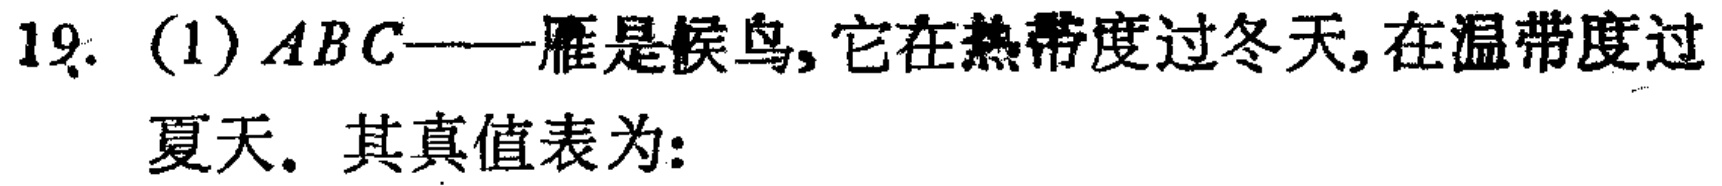
19. (1) \(ABC\)——雁是候鸟，它在热带度过冬天，在温带度过夏天。其真值表为: